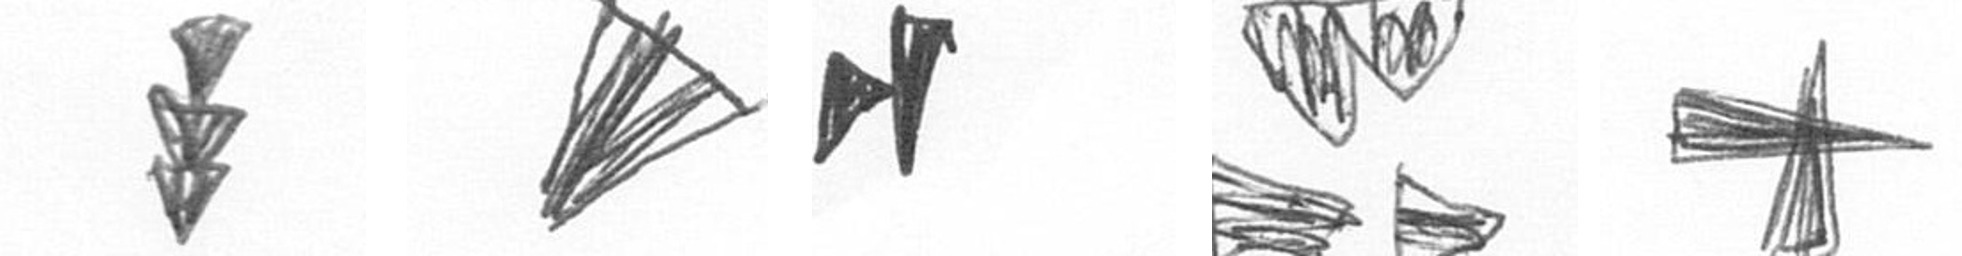
E O M B G